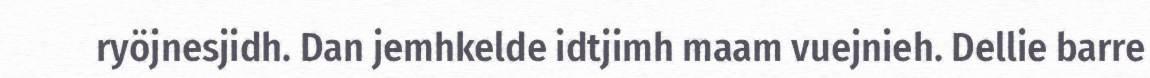
ryöjnesjidh. Dan jemhkelde idtjimh maam vuejnieh. Dellie barre